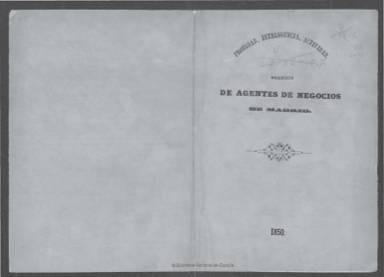
Título: Lista alfabética de los individuos de que se compone el Colegio de Agentes de Negocios de Madrid
Otros títulos: Lista de los individuos que componen el Colegio de Agentes de Negocios de Madrid || Lista de los señores que componen el Colegio de Agentes de Negocios de Madrid
Colección: Guías y directorios
Ámbito geográfico: Madrid
Lugar de publicación: Madrid
Fechas: 01/01/1850-31/12/1883

El Colegio de Agentes de Negocios de Madrid, cuya creación fue autorizada por Real Despacho de 12 de abril de 1847, inicia la publicación de su directorio de socios –la colegialización no era obligatoria- a partir de 1850, entre la decena y las dos decenas de páginas cada entrega anual. Se inicia cada una con los integrantes y cargos de su junta de gobierno y los nombres de sus examinadores, y a continuación el nombre y dirección por orden alfabético de sus colegiados, con expresión de quienes eran sus fundadores. También se expresa en alguna entrega los nombres de los colegiados fallecidos y los pendientes de colegialización, así como algunas referencias a cuestiones normativas. En la cabecera de cada volumen aparece impreso el lema de esta asociación: “probidad, inteligencia, actividad”. La colección de la Biblioteca Nacional de España no es completa y alcanza hasta el año 1883, con modificaciones en su título en algunas entregas.